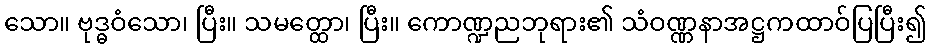
သော။ ဗုဒ္ဓဝံသော၊ ပြီး။ သမတ္ထော၊ ပြီး။ ကောဏ္ဍညဘုရား၏ သံဝဏ္ဏနာအဋ္ဌကထာဝ်ပြပြီး၍